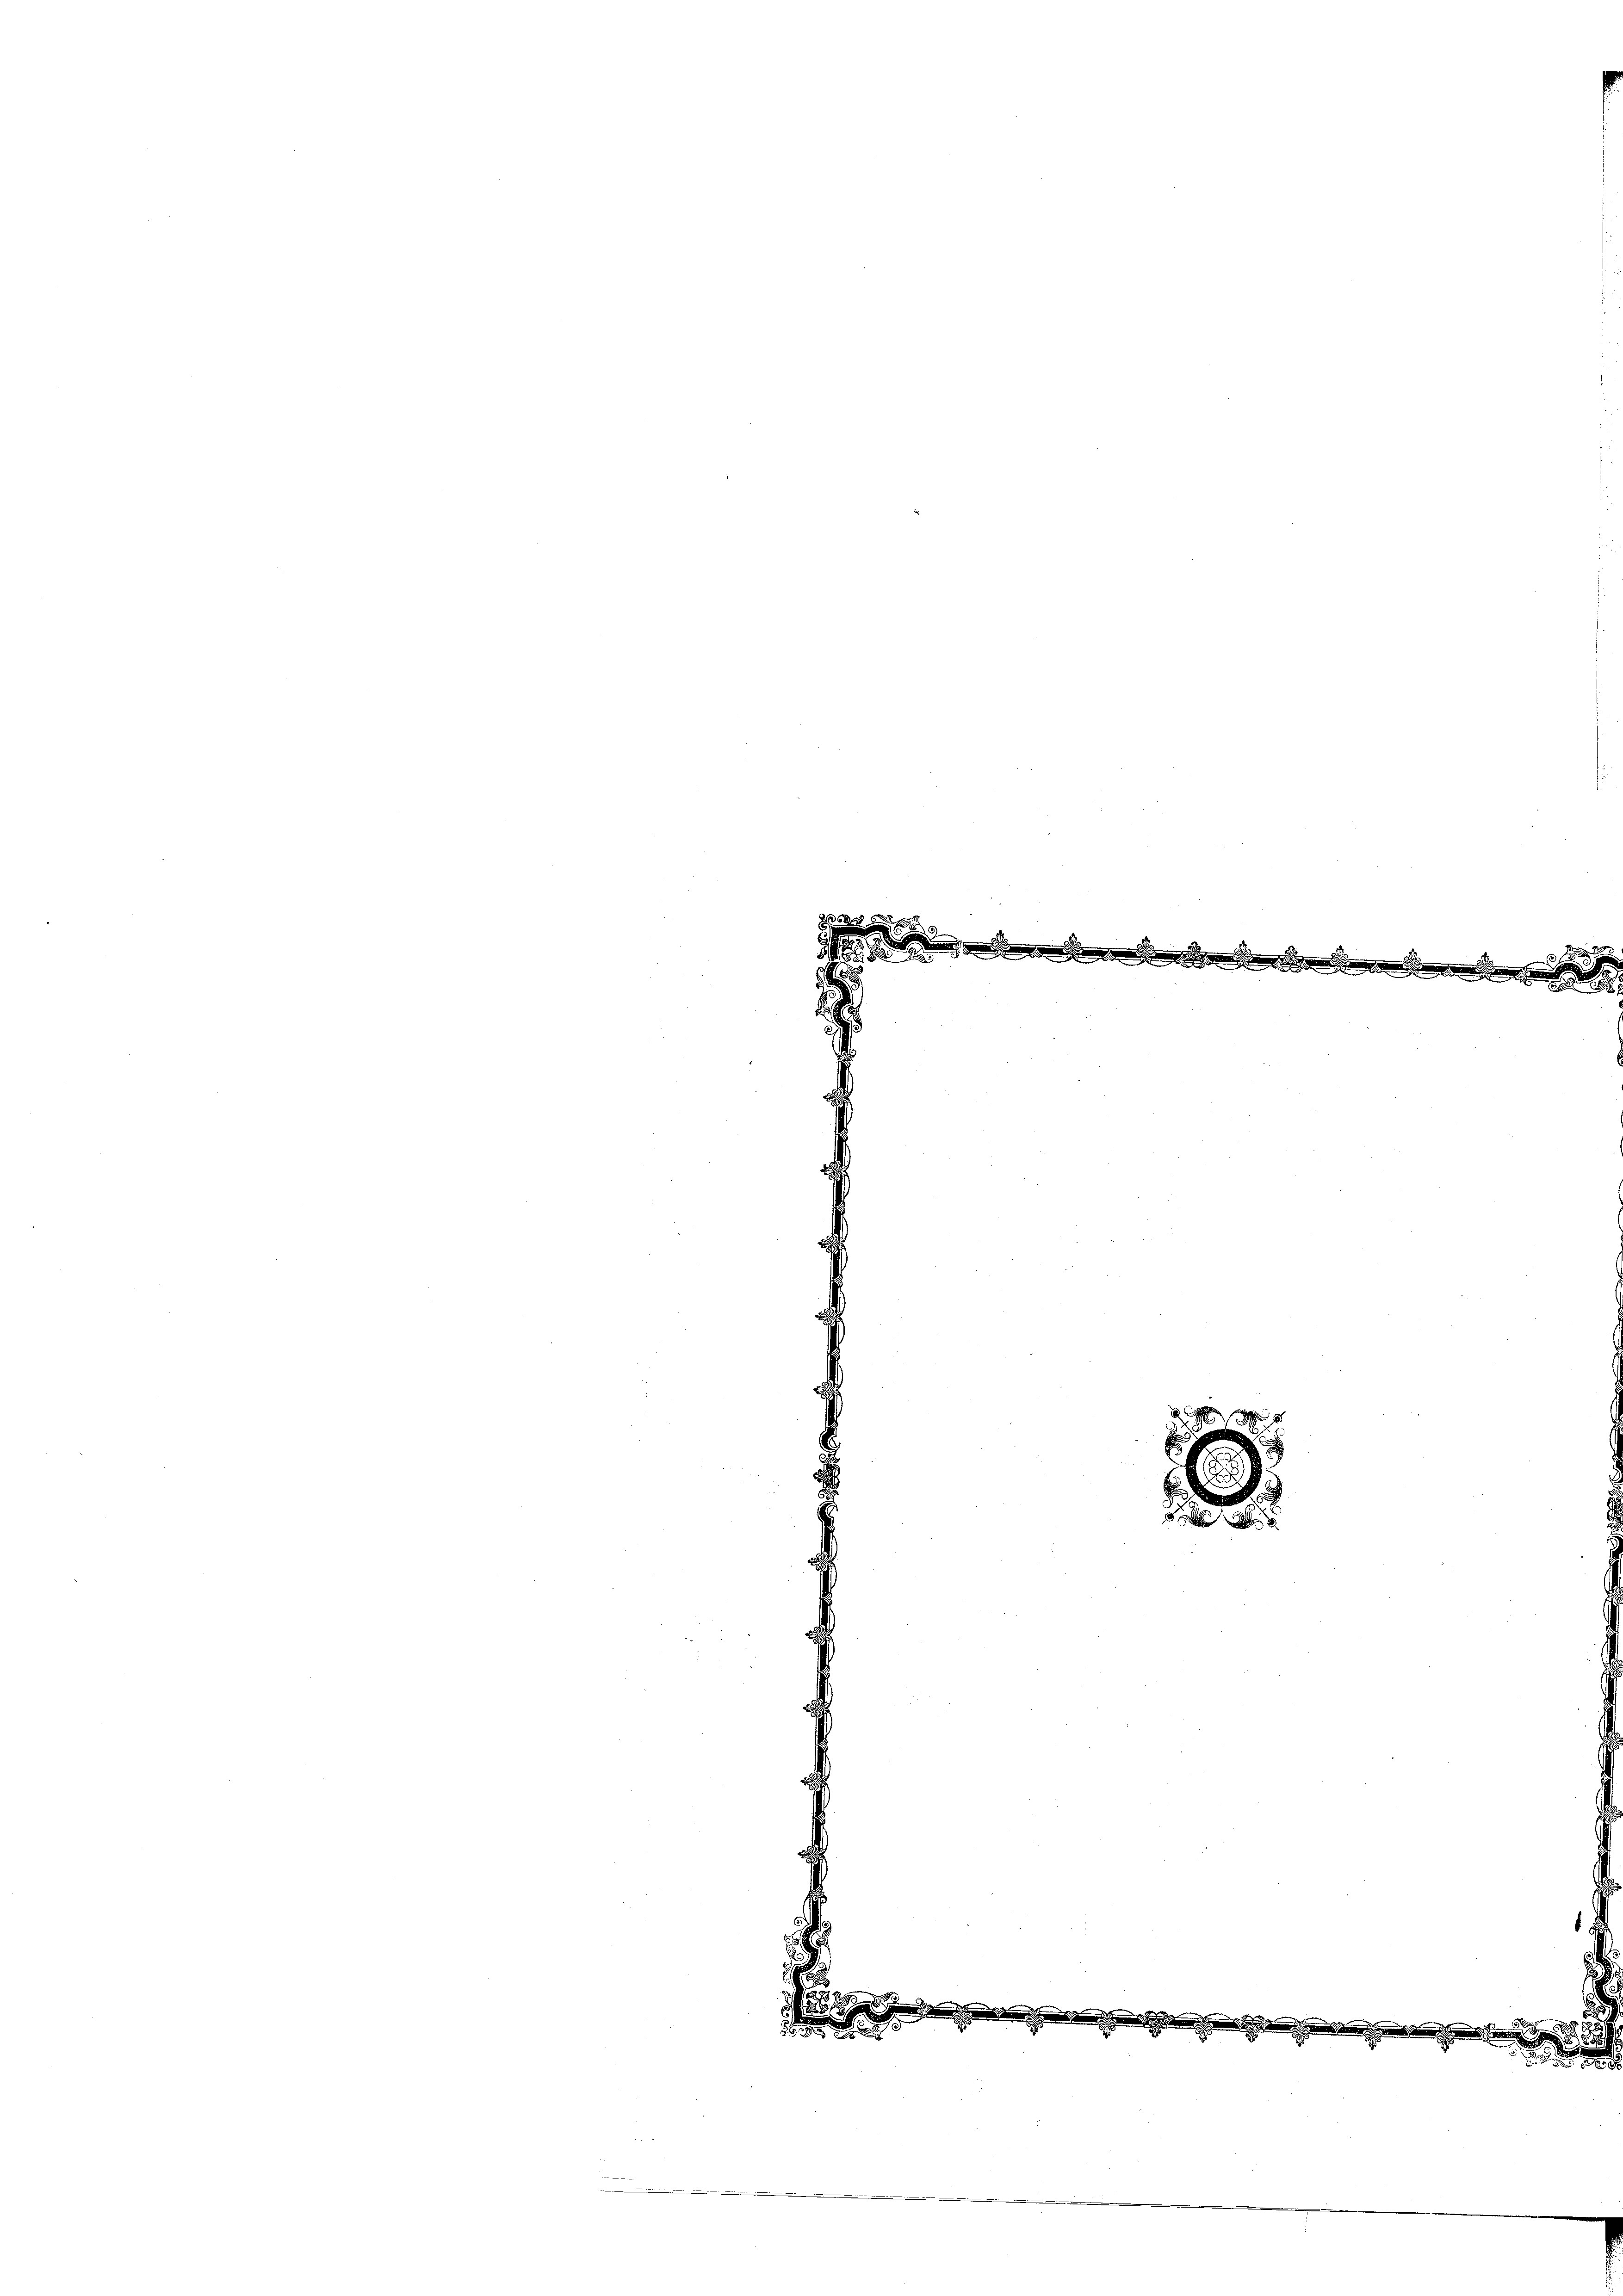
8